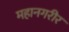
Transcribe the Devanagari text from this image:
महानगरीर